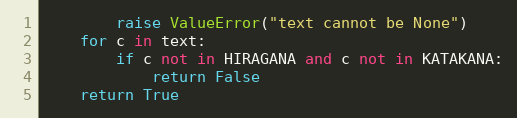
Language: Python
        raise ValueError("text cannot be None")
    for c in text:
        if c not in HIRAGANA and c not in KATAKANA:
            return False
    return True